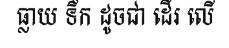
ធ្លាយ ទឹក ដូចជា ដើរ លើ